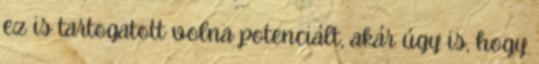
ez is tartogatott volna potenciált, akár úgy is, hogy